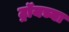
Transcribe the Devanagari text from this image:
ट्रॉयच्या